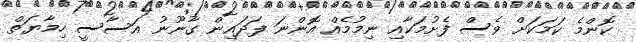
ކޮންމެ ކަމަކަށް ވެސް ފެށުމަކާއި ނިމުމެއް އޮންނަ ފަދައިން ގާނޫނު އަސާސީ ހިމާޔަތް